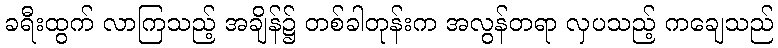
ခရီးထွက် လာကြသည့် အချိန်၌ တစ်ခါတုန်းက အလွန်တရာ လှပသည့် ကချေသည်